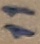
Text: 11